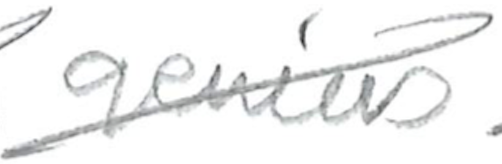
Text: Genius
Cross-out: diagonal
Writing tool: pencil